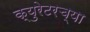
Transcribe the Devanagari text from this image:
क्युरेटरच्या